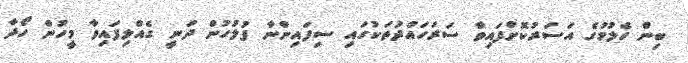
ބިން ހެލުމުގެ އަސަރުކޮށްފައިވާ ސަރަހައްދުތަކުގައި ސިފައިންނާ ފުލުހުން ދަނީ ގެއްލިފައިވާ މީހުން ހޯދާ